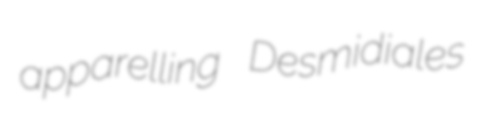
apparelling Desmidiales